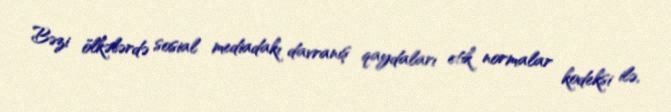
Bəzi ölkələrdə sosial mediadakı davranış qaydaları etik normalar kodeksi ilə,